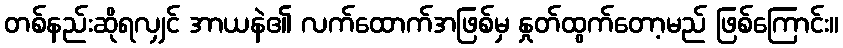
တစ်နည်းဆိုရလျှင် အာယနဲ၏ လက်ထောက်အဖြစ်မှ နှုတ်ထွက်တော့မည် ဖြစ်ကြောင်း။